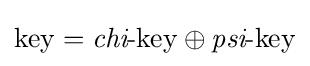
\mathrm {key} ={\textit {chi}}\mathrm {{\mbox{-}}key} \oplus {\textit {psi}}\mathrm {{\mbox{-}}key}